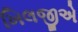
ખિલજીએ